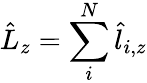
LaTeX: \hat{L}_{z}=\sum_{i}^{N}\hat{l}_{i,z}